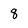
Character: 8